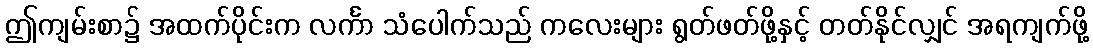
ဤကျမ်းစာ၌ အထက်ပိုင်းက လင်္ကာ သံပေါက်သည် ကလေးများ ရွတ်ဖတ်ဖို့နှင့် တတ်နိုင်လျှင် အရကျက်ဖို့